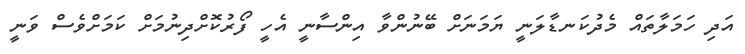
އަދި ހަމަލާތައް މެދުކަނޑާލަނީ ޔަމަނަށް ބޭނުންވާ އިންސާނީ އެހީ ފޯރުކޮށްދިނުމަށް ކަމަށްވެސް ވަނީ